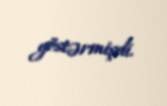
göstərmişdi.